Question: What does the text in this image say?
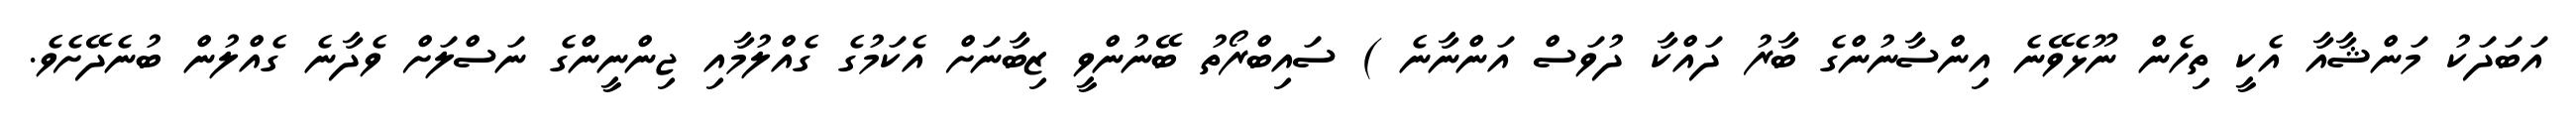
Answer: އަބަދަކު މަންޝާއާ އެކީ ތިހެން ނޫޅެވޭނެ އިންސާނުންގެ ބާރު ދައްކާ ދުވަސް އަންނާނެ ) ސައިބްރޯތު ބޭނުންވީ ޒިބާނަށް އެކަމުގެ ގެއްލުމާއި ޖިންނީންގެ ނަސްލަށް ވެދާނެ ގެއްލުން ބުނެދޭށެވެ.